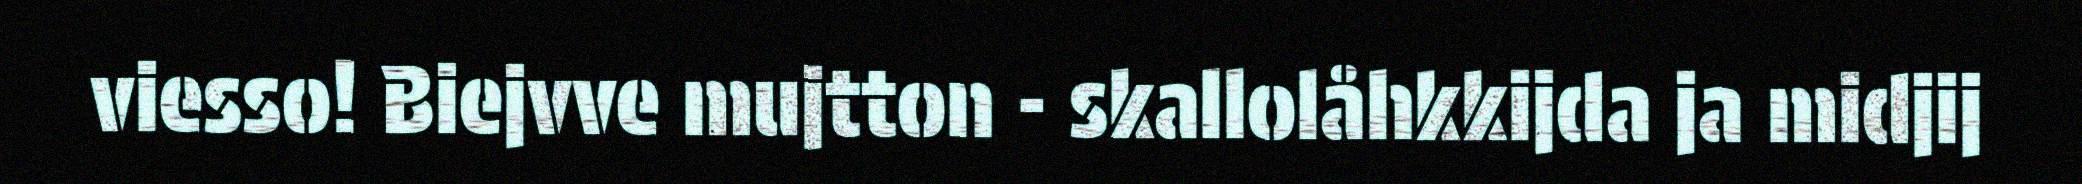
viesso! Biejvve mujtton - skallolåhkkijda ja midjij